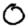
Digit: 0